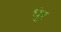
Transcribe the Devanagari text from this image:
धुंर